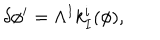
\delta \phi ^ { i } = \Lambda ^ { I } k _ { I } ^ { i } ( \phi ) ,